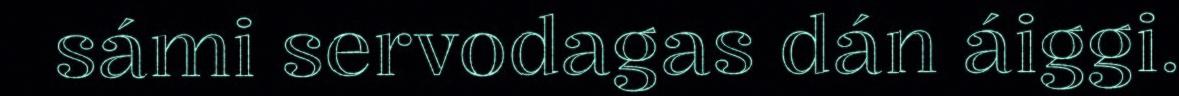
sámi servodagas dán áiggi.